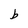
Character: b